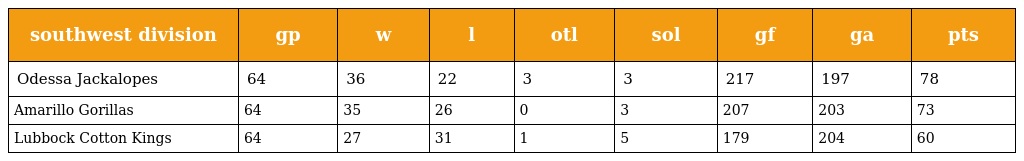
| southwest division | gp | w | l | otl | sol | gf | ga | pts |
 | --- | --- | --- | --- | --- | --- | --- | --- | --- |
 | Odessa Jackalopes | 64 | 36 | 22 | 3 | 3 | 217 | 197 | 78 |
 | Amarillo Gorillas | 64 | 35 | 26 | 0 | 3 | 207 | 203 | 73 |
 | Lubbock Cotton Kings | 64 | 27 | 31 | 1 | 5 | 179 | 204 | 60 |